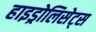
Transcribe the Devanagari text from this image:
हाइड्रोलिसेट्स